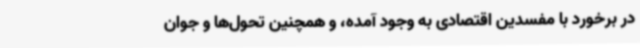
در برخورد با مفسدین اقتصادی به وجود آمده، و همچنین تحول‌ها و جوان